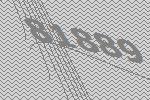
81889